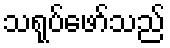
သရုပ်ဖော်သည်